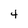
Character: 4